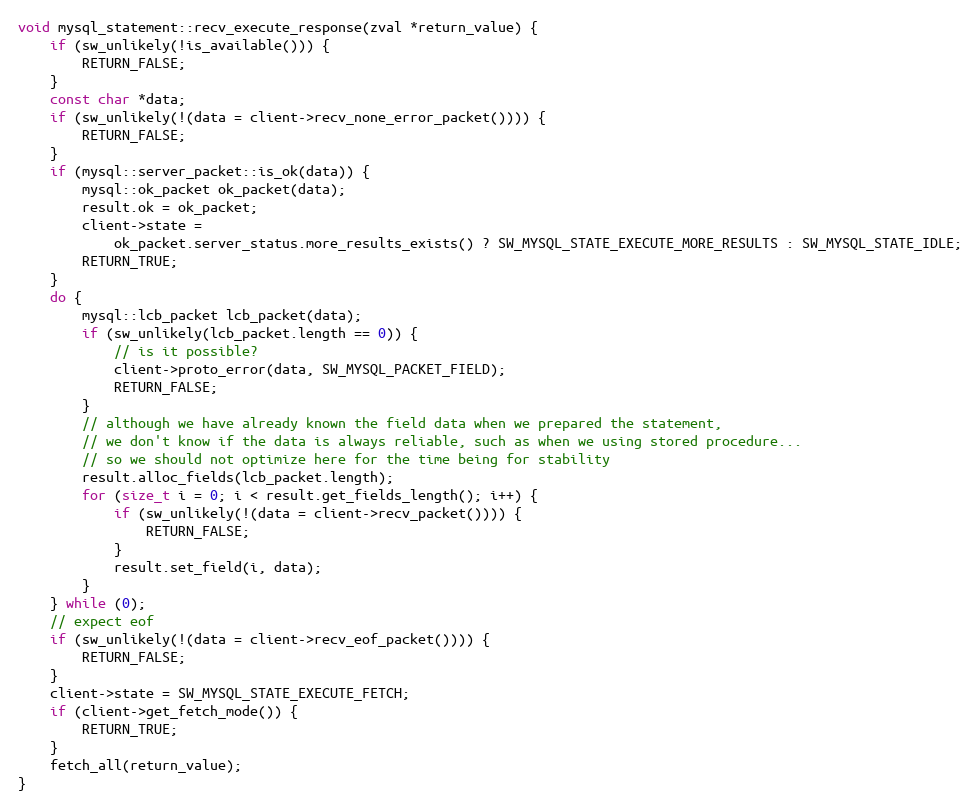
Language: C++
void mysql_statement::recv_execute_response(zval *return_value) {
    if (sw_unlikely(!is_available())) {
        RETURN_FALSE;
    }
    const char *data;
    if (sw_unlikely(!(data = client->recv_none_error_packet()))) {
        RETURN_FALSE;
    }
    if (mysql::server_packet::is_ok(data)) {
        mysql::ok_packet ok_packet(data);
        result.ok = ok_packet;
        client->state =
            ok_packet.server_status.more_results_exists() ? SW_MYSQL_STATE_EXECUTE_MORE_RESULTS : SW_MYSQL_STATE_IDLE;
        RETURN_TRUE;
    }
    do {
        mysql::lcb_packet lcb_packet(data);
        if (sw_unlikely(lcb_packet.length == 0)) {
            // is it possible?
            client->proto_error(data, SW_MYSQL_PACKET_FIELD);
            RETURN_FALSE;
        }
        // although we have already known the field data when we prepared the statement,
        // we don't know if the data is always reliable, such as when we using stored procedure...
        // so we should not optimize here for the time being for stability
        result.alloc_fields(lcb_packet.length);
        for (size_t i = 0; i < result.get_fields_length(); i++) {
            if (sw_unlikely(!(data = client->recv_packet()))) {
                RETURN_FALSE;
            }
            result.set_field(i, data);
        }
    } while (0);
    // expect eof
    if (sw_unlikely(!(data = client->recv_eof_packet()))) {
        RETURN_FALSE;
    }
    client->state = SW_MYSQL_STATE_EXECUTE_FETCH;
    if (client->get_fetch_mode()) {
        RETURN_TRUE;
    }
    fetch_all(return_value);
}